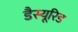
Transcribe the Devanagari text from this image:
डैस्यूरिड